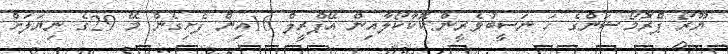
ޔޫރޯ ޕްރޮމޯޝަންގެ ހަ ނަސީބުވެރީން:ކޮކާކޯލާއިން އޭޕްރީލް 16އިން ފެށިގެން މޭ 29ގެ ނިޔަލަށް